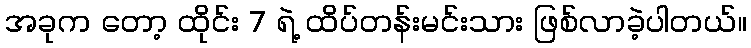
အခုက တော့ ထိုင်း 7 ရဲ့ ထိပ်တန်းမင်းသား ဖြစ်လာခဲ့ပါတယ်။